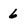
Character: 6